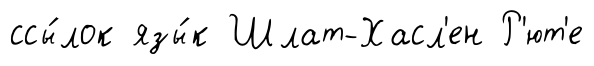
ссы́лок язы́к Шлат-Хасл'ен Р'ют'е